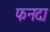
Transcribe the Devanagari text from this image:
फनदा